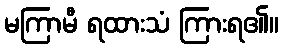
မကြာမီ ရထားသံ ကြားရ၏။